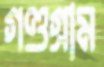
গণ্ডগ্রাম